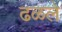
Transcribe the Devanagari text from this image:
ढळले